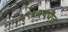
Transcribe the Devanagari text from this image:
१९९२पर्यंत